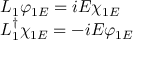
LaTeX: \begin{array} { l } { { L _ { 1 } \varphi _ { 1 E } = i E \chi _ { 1 E } } } \\ { { L _ { 1 } ^ { \dag } \chi _ { 1 E } = - i E \varphi _ { 1 E } } } \end{array}